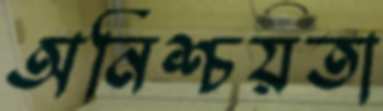
অনিশ্চয়তা